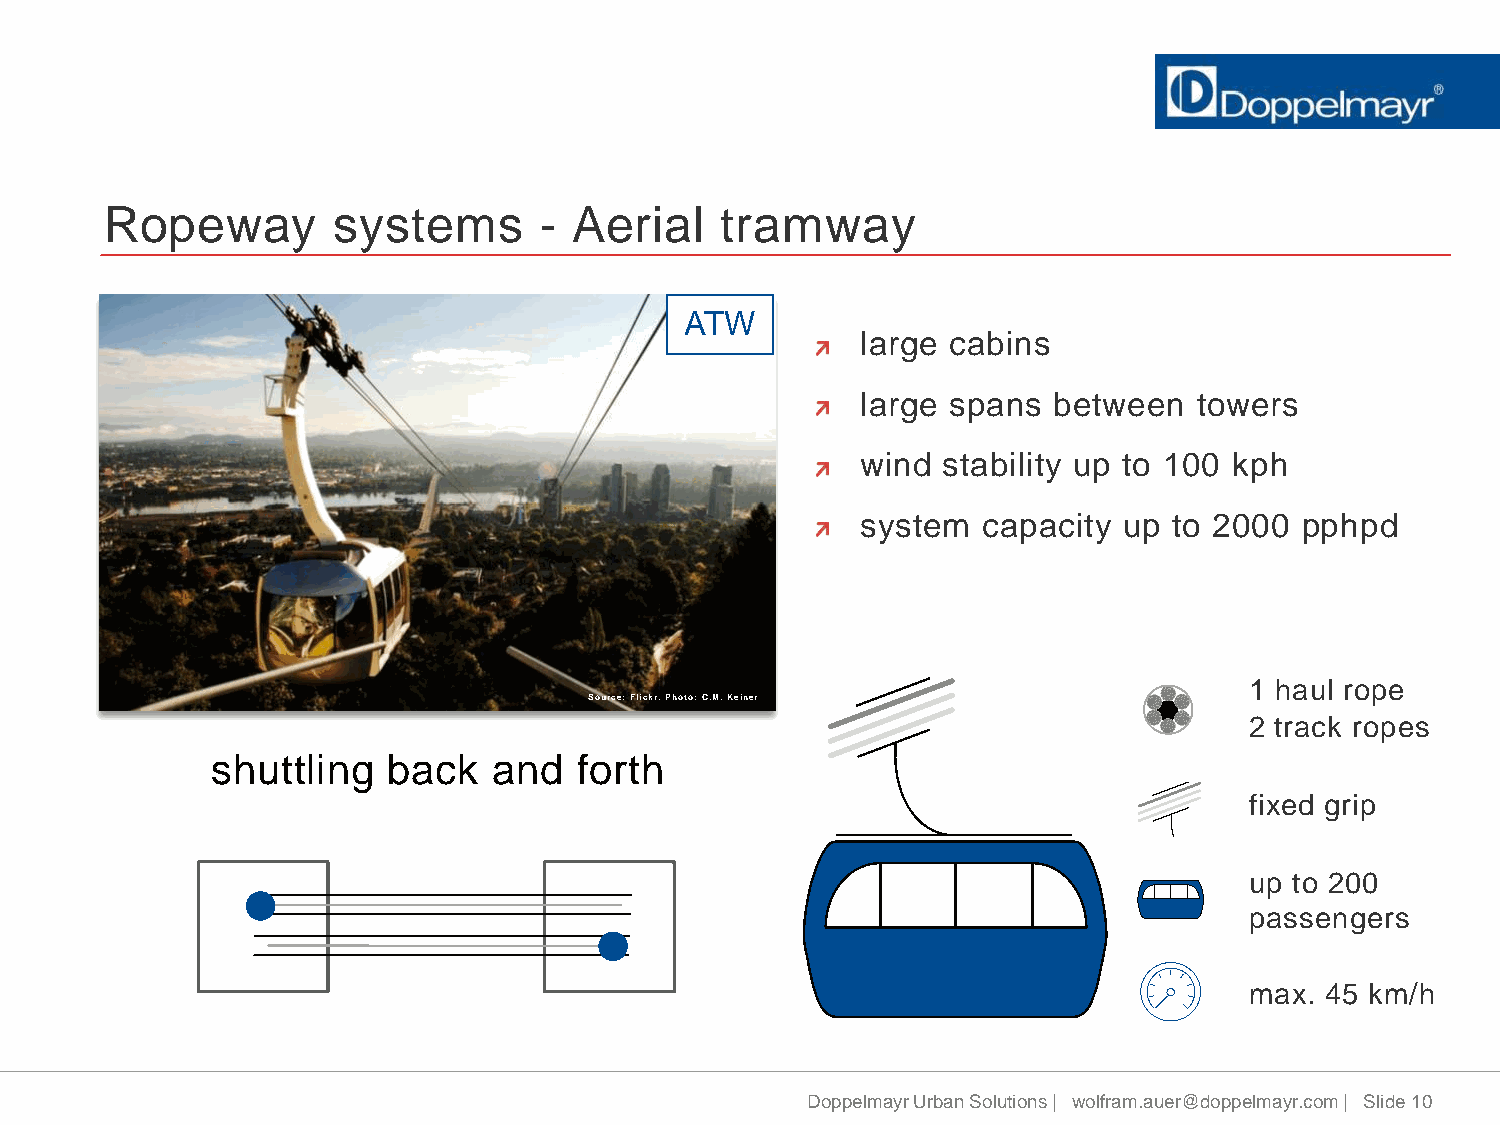
Ropeway        systems       - Aerial    tramway
 ATW
 large cabins
 large spans  between  towers
 wind stability up to 100 kph
 system  capacity up  to 2000 pphpd
 1 haul rope
 Source: Flickr. Photo: C.M. Keiner
 2 track ropes
 shuttling   back   and  forth
 fixed grip
 up to 200
 passengers
 max. 45 km/h
 Doppelmayr Urban Solutions | wolfram.auer@doppelmayr.com | Slide 10